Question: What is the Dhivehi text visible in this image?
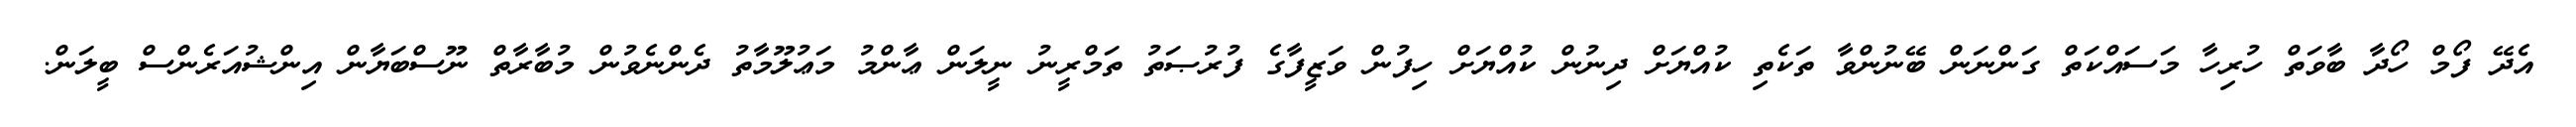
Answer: އެދޭ ފޯމް ހޯދާ ބާވަތް ހުރިހާ މަސައްކަތް ގަންނަން ބޭނުންވާ ތަކެތި ކުއްޔަށް ދިނުން ކުއްޔަށް ހިފުން ވަޒީފާގެ ފުރުޞަތު ތަމްރީނު ނީލަން ޢާންމު މަޢުލޫމާތު ދެންނެވުން މުބާރާތް ނޫސްބަޔާން އިންޝުއަރެންސް ބީލަން.